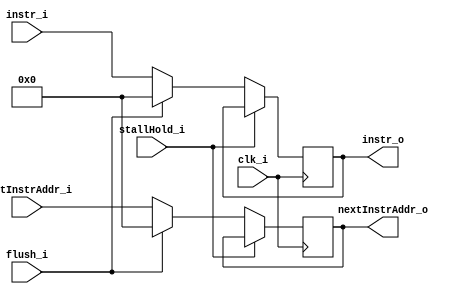
module IFID_Reg 
(
    clk_i,
    stallHold_i,	//for the 1 stall cycle needed due to lw and immediate access to associated registers -> need to hold register value
	flush_i,		//for taken brench stall -> need to clean register value
	nextInstrAddr_i,
    instr_i,
	nextInstrAddr_o, 
    instr_o
);

// Ports
input               clk_i;
input               stallHold_i;
input				flush_i;
input   [31:0]      nextInstrAddr_i;
input	[31:0]		instr_i;
output  [31:0]      nextInstrAddr_o; 
output  [31:0]      instr_o;

// Register File
reg     [31:0]      nextInstrAddr;
reg		[31:0]		instr;

// Read Data      
assign  nextInstrAddr_o = nextInstrAddr;
assign  instr_o = instr;

// Write Data   
always@(posedge clk_i) begin
	if (stallHold_i) begin 
		//do exactly nothing to maintain original value
	end
	else if (flush_i) begin
		//clean all data to stall
		nextInstrAddr <= 32'h00000000; 
		instr <= 32'h00000000;
	end
	else begin
		//default is to save input to pipeline register
		nextInstrAddr <= nextInstrAddr_i;
		instr <= instr_i;
	end
end
   
endmodule